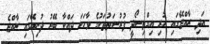
އަދި ރާއްޖޭގައި ހުރި އިގްތިސޯދީ ފުރުސަތުތަކުގެ ވާހަކަ ދައްކާ ބޭރު ދުނިޔޭގައި ރާއްޖެ